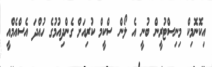
އިކޮނޮމިކް މިނިސްޓުރީން ބުނީ އެ ލޯން ސްކީމް ކުރިއަށް ގެންދިއުމުގެ ހުއްދަ އެސްއެމްއީ